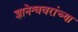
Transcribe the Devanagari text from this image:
ज्ञानेश्ववरांच्या